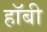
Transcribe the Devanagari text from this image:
हाॅबी